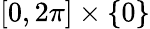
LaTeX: [0,2\pi]\times\{ 0\}